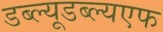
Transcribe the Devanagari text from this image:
डब्ल्यूडब्ल्यएफ